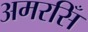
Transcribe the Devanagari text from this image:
अमरसिँ